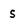
Character: s